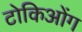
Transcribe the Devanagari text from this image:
टोकिओंग